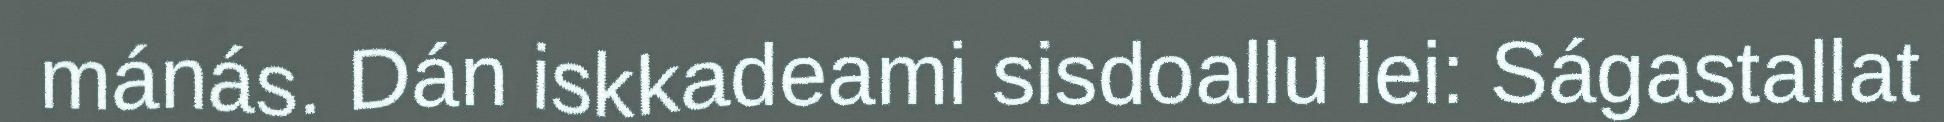
mánás. Dán iskkadeami sisdoallu lei: Ságastallat